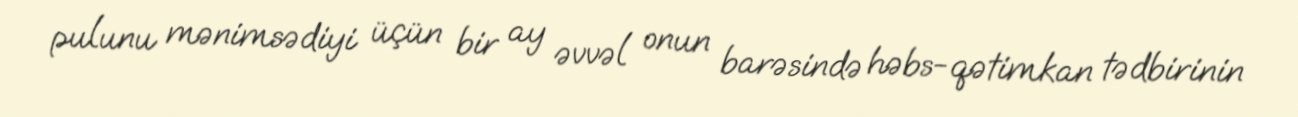
pulunu mənimsədiyi üçün bir ay əvvəl onun barəsində həbs-qətimkan tədbirinin